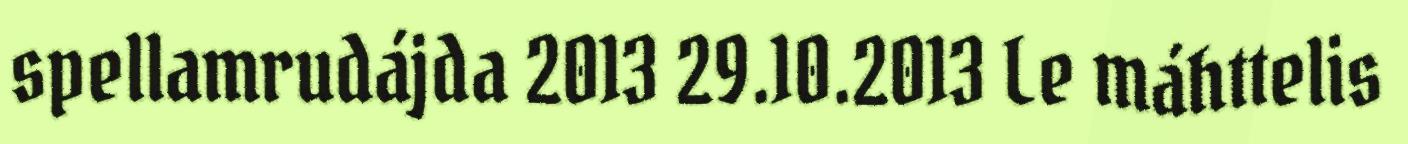
spellamrudájda 2013 29.10.2013 Le máhttelis